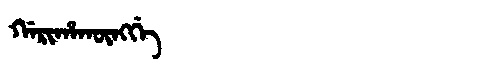
Manchu: ᡤᠠᡵᡳᡥᠠᡴᡡᠩᡤᡝ
Romanization: GARIHAKŪNGGE